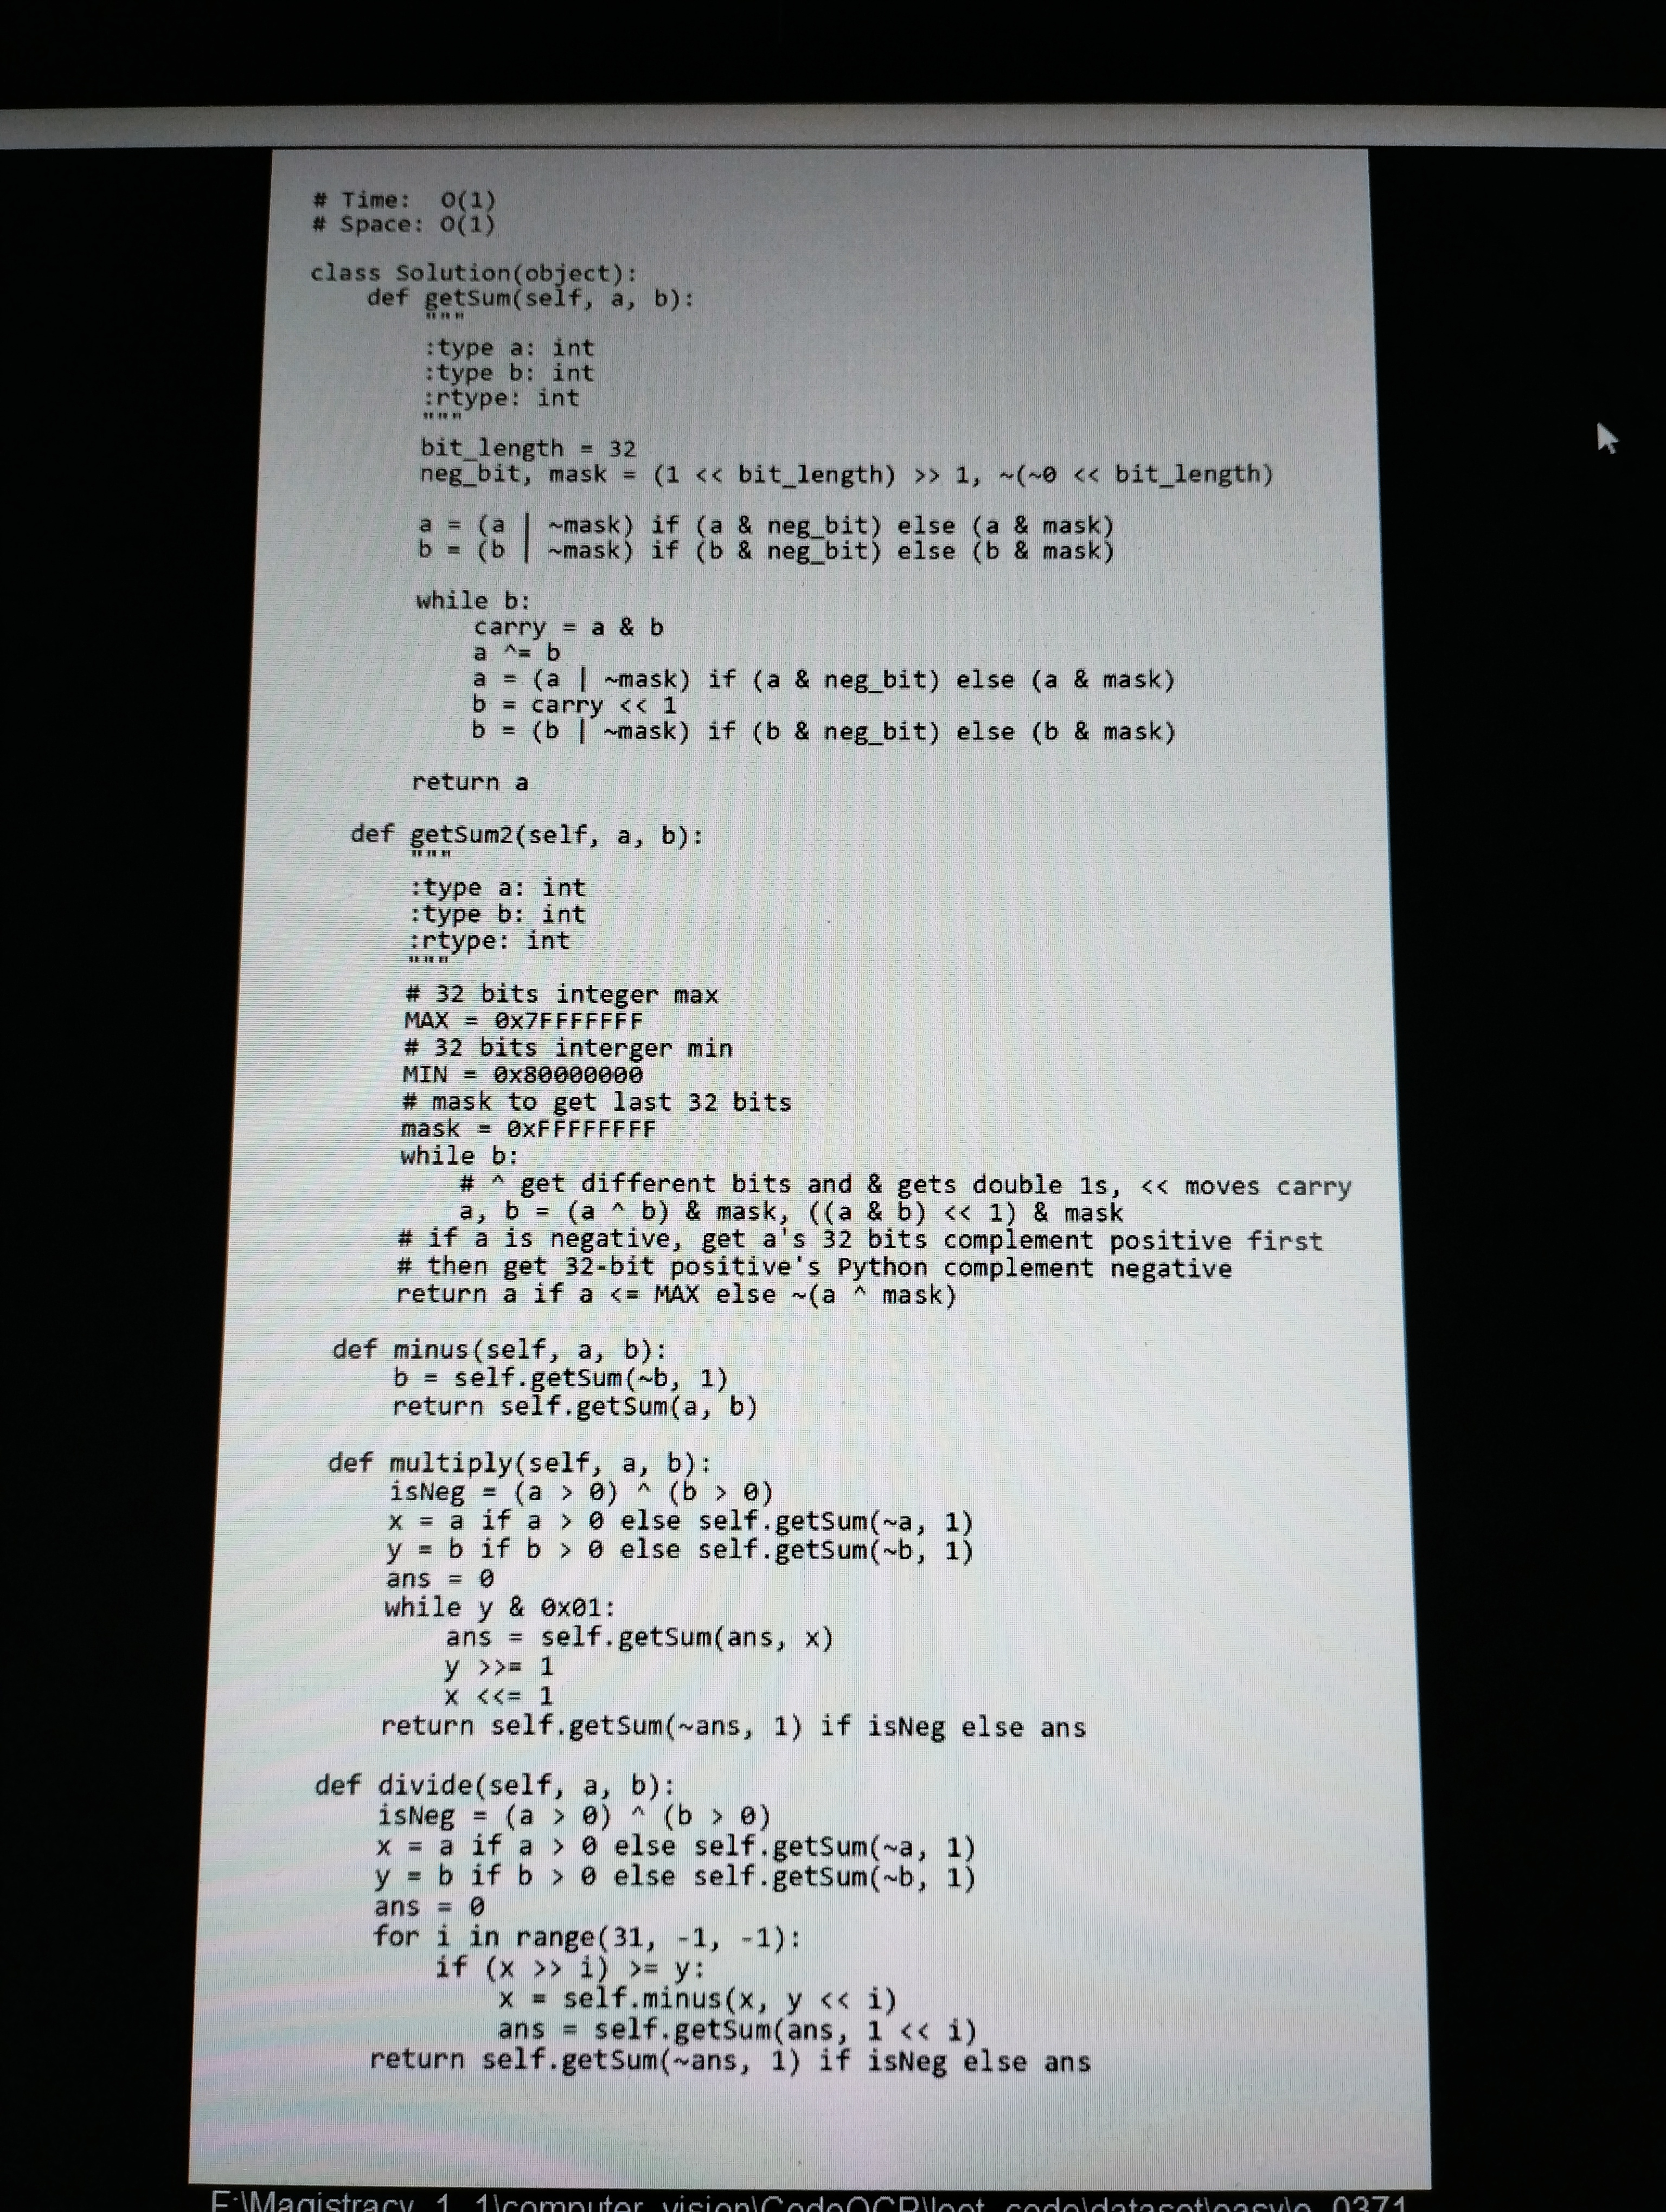
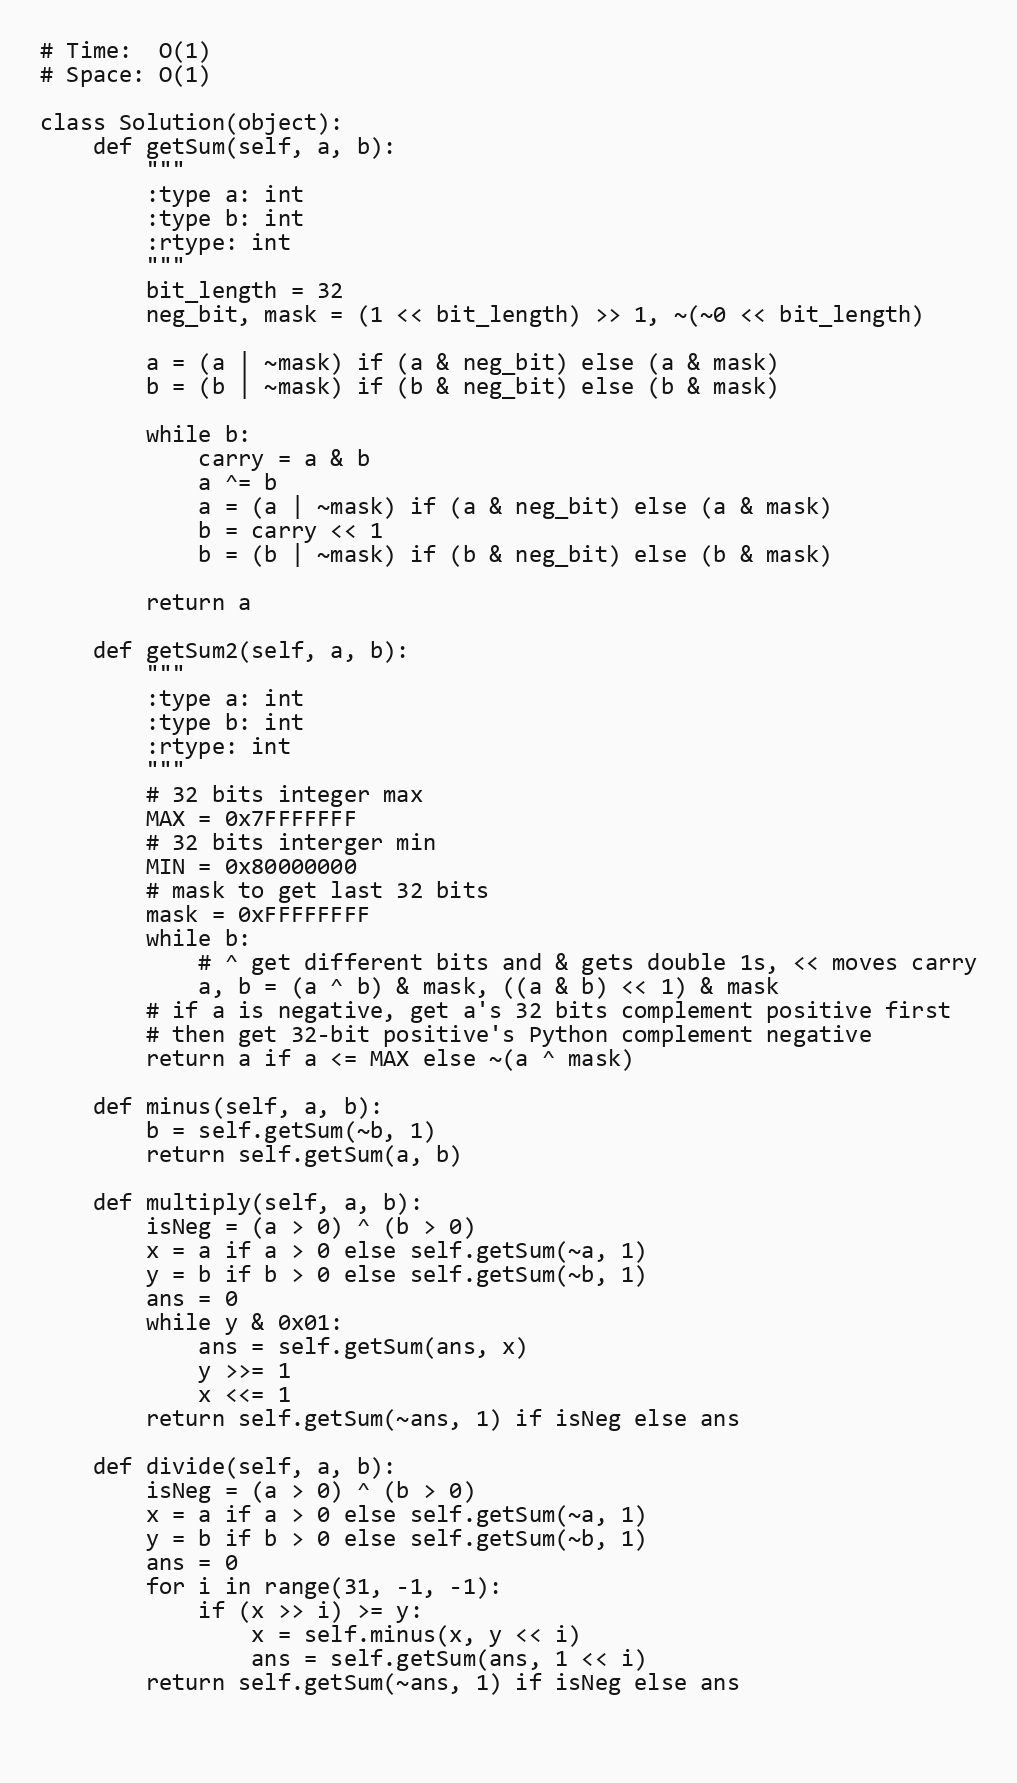
# Time:  O(1)
# Space: O(1)

class Solution(object):
    def getSum(self, a, b):
        """
        :type a: int
        :type b: int
        :rtype: int
        """
        bit_length = 32
        neg_bit, mask = (1 << bit_length) >> 1, ~(~0 << bit_length)

        a = (a | ~mask) if (a & neg_bit) else (a & mask)
        b = (b | ~mask) if (b & neg_bit) else (b & mask)

        while b:
            carry = a & b
            a ^= b
            a = (a | ~mask) if (a & neg_bit) else (a & mask)
            b = carry << 1
            b = (b | ~mask) if (b & neg_bit) else (b & mask)

        return a

    def getSum2(self, a, b):
        """
        :type a: int
        :type b: int
        :rtype: int
        """
        # 32 bits integer max
        MAX = 0x7FFFFFFF
        # 32 bits interger min
        MIN = 0x80000000
        # mask to get last 32 bits
        mask = 0xFFFFFFFF
        while b:
            # ^ get different bits and & gets double 1s, << moves carry
            a, b = (a ^ b) & mask, ((a & b) << 1) & mask
        # if a is negative, get a's 32 bits complement positive first
        # then get 32-bit positive's Python complement negative
        return a if a <= MAX else ~(a ^ mask)

    def minus(self, a, b):
        b = self.getSum(~b, 1)
        return self.getSum(a, b)

    def multiply(self, a, b):
        isNeg = (a > 0) ^ (b > 0)
        x = a if a > 0 else self.getSum(~a, 1)
        y = b if b > 0 else self.getSum(~b, 1)
        ans = 0
        while y & 0x01:
            ans = self.getSum(ans, x)
            y >>= 1
            x <<= 1
        return self.getSum(~ans, 1) if isNeg else ans

    def divide(self, a, b):
        isNeg = (a > 0) ^ (b > 0)
        x = a if a > 0 else self.getSum(~a, 1)
        y = b if b > 0 else self.getSum(~b, 1)
        ans = 0
        for i in range(31, -1, -1):
            if (x >> i) >= y:
                x = self.minus(x, y << i)
                ans = self.getSum(ans, 1 << i)
        return self.getSum(~ans, 1) if isNeg else ans